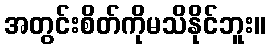
အတွင်းစိတ်ကိုမသိနိုင်ဘူး။